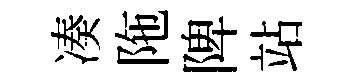
凑陁陴站